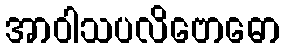
အာဝါသပလိဗောဓော